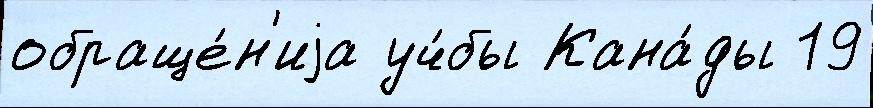
обраще́н'иjа уч́бы Кана́ды 19